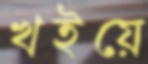
খইয়ে